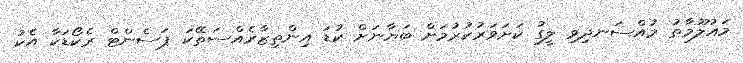
މައުލޫމާތު މުއްސަނދިވި ލީގު ކަށަވަރުކުރުމަށް ބަޔާނަށް ކުޑަ އިންތިޒާރެއްސަތޭކަ ޕަސެންޓް ރެކޯޑަކާ އެކު